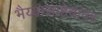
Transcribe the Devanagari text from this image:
भैय्यासाहेबांवर